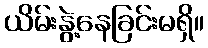
ယိမ်းနွဲ့နေခြင်းမရှိ။